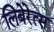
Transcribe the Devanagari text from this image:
लिबेरेत्स